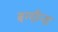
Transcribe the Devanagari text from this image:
बग्गीन्स